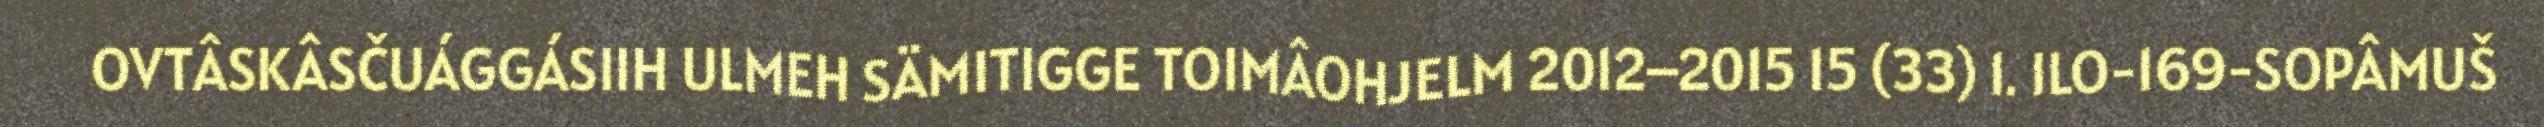
OVTÂSKÂSČUÁGGÁSIIH ULMEH SÄMITIGGE TOIMÂOHJELM 2012–2015 15 (33) 1. ILO-169-SOPÂMUŠ